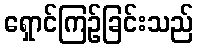
ရှောင်ကြဉ်ခြင်းသည်